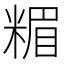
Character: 𥻡